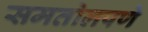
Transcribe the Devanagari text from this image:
समतोलपणे